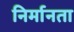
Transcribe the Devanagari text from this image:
निर्मानता